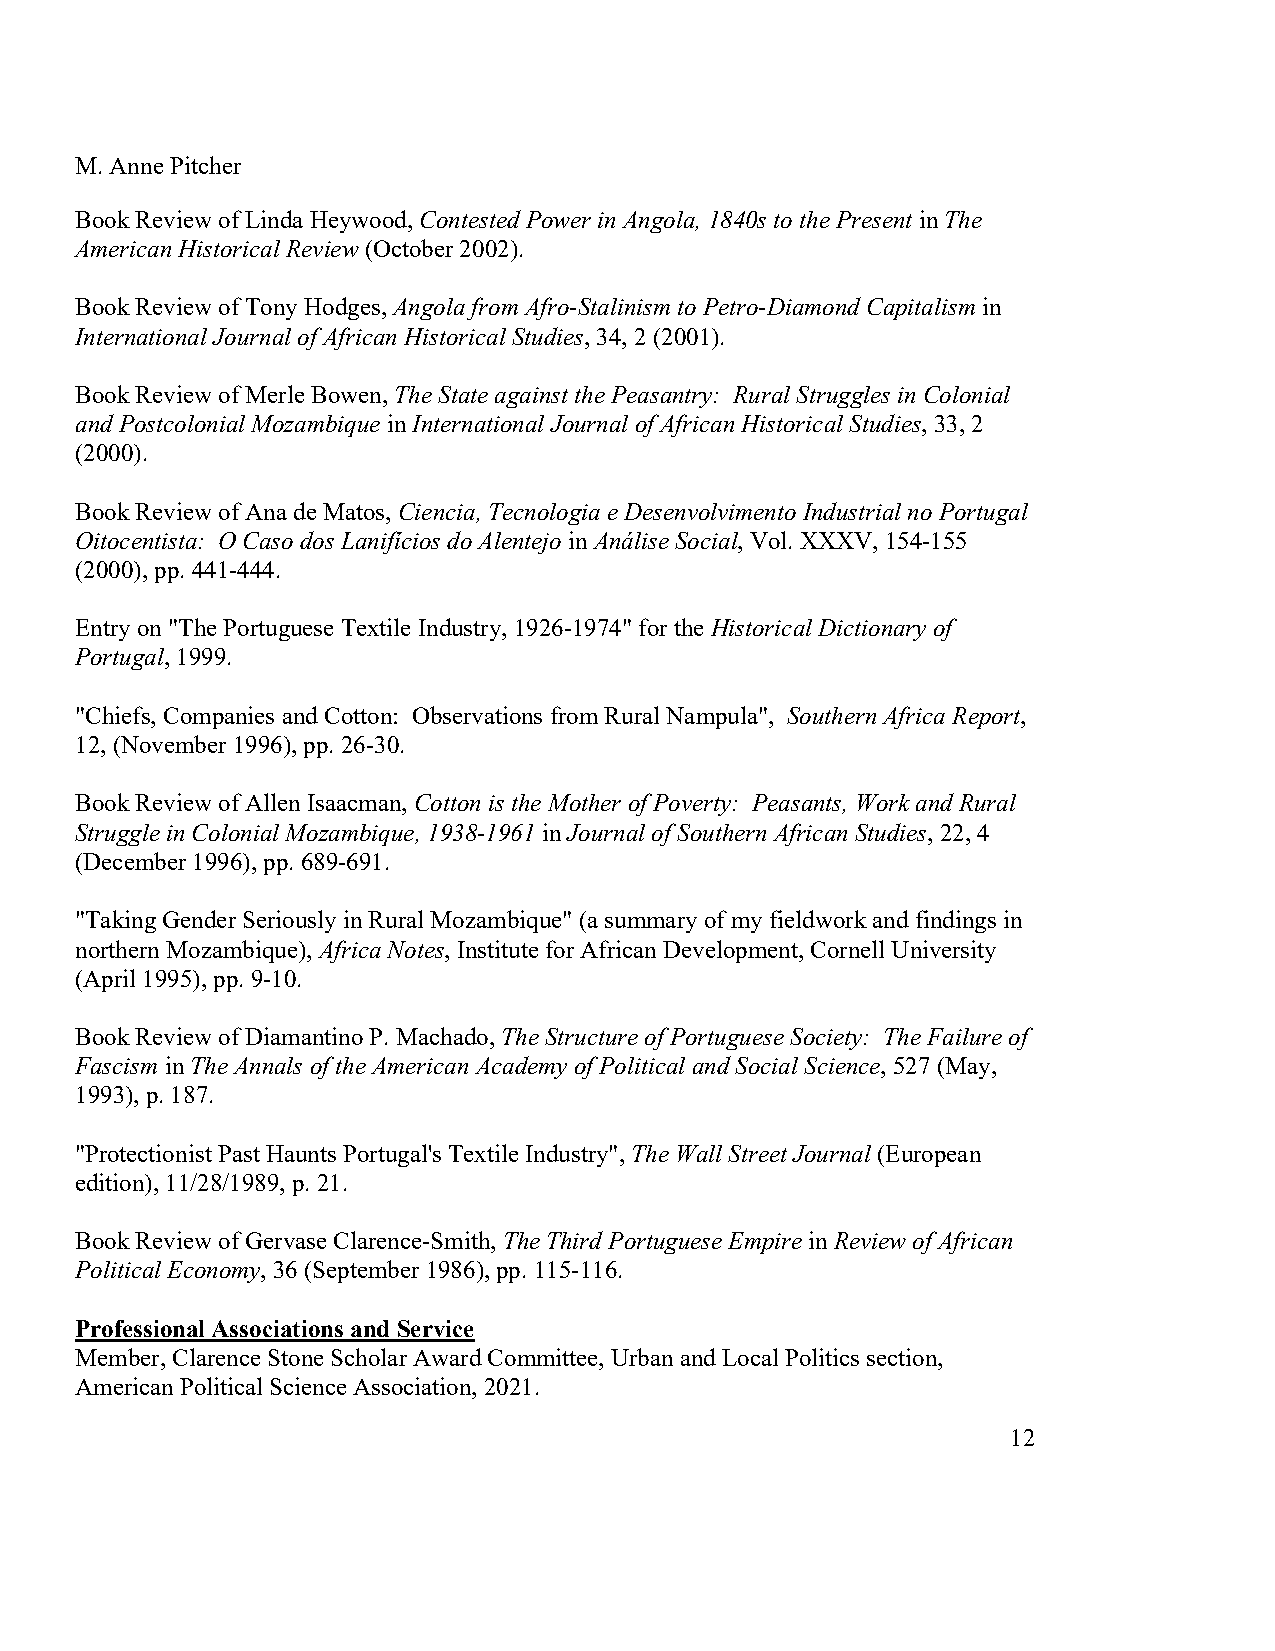
M. Anne Pitcher
 Book Review of Linda Heywood, Contested Power in Angola, 1840s to the Present in The
 American Historical Review (October 2002).
 Book Review of Tony Hodges, Angola from Afro-Stalinism to Petro-Diamond Capitalism in
 International Journal of African Historical Studies, 34, 2 (2001).
 Book Review of Merle Bowen, The State against the Peasantry: Rural Struggles in Colonial
 and Postcolonial Mozambique in International Journal of African Historical Studies, 33, 2
 (2000).
 Book Review of Ana de Matos, Ciencia, Tecnologia e Desenvolvimento Industrial no Portugal
 Oitocentista: O Caso dos Lanifícios do Alentejo in Análise Social, Vol. XXXV, 154-155
 (2000), pp. 441-444.
 Entry on "The Portuguese Textile Industry, 1926-1974" for the Historical Dictionary of
 Portugal, 1999.
 "Chiefs, Companies and Cotton: Observations from Rural Nampula", Southern Africa Report,
 12, (November 1996), pp. 26-30.
 Book Review of Allen Isaacman, Cotton is the Mother of Poverty: Peasants, Work and Rural
 Struggle in Colonial Mozambique, 1938-1961 in Journal of Southern African Studies, 22, 4
 (December 1996), pp. 689-691.
 "Taking Gender Seriously in Rural Mozambique" (a summary of my fieldwork and findings in
 northern Mozambique), Africa Notes, Institute for African Development, Cornell University
 (April 1995), pp. 9-10.
 Book Review of Diamantino P. Machado, The Structure of Portuguese Society: The Failure of
 Fascism in The Annals of the American Academy of Political and Social Science, 527 (May,
 1993), p. 187.
 "Protectionist Past Haunts Portugal's Textile Industry", The Wall Street Journal (European
 edition), 11/28/1989, p. 21.
 Book Review of Gervase Clarence-Smith, The Third Portuguese Empire in Review of African
 Political Economy, 36 (September 1986), pp. 115-116.
 Professional Associations and Service
 Member, Clarence Stone Scholar Award Committee, Urban and Local Politics section,
 American Political Science Association, 2021.
 12